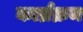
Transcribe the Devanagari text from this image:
कार्य्रक्रम